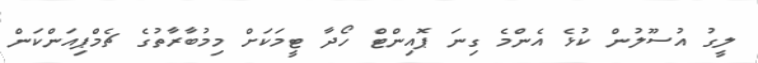
ލީގު އުސޫލުން ކުޅެ އެންމެ ގިނަ ޕޮއިންޓް ހޯދާ ޓީމަކަށް މިމުބާރާތުގެ ޗެމްޕިއަންކަން